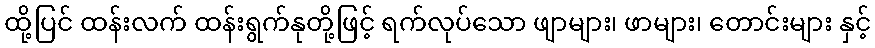
ထို့ပြင် ထန်းလက် ထန်းရွက်နုတို့ဖြင့် ရက်လုပ်သော ဖျာများ၊ ဖာများ၊ တောင်းများ နှင့်